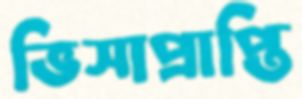
ভিসাপ্রাপ্তি